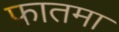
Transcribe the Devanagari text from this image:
फ़ातमा